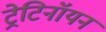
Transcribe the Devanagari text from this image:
ट्रेटिनॉयन